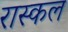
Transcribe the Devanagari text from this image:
रास्कल